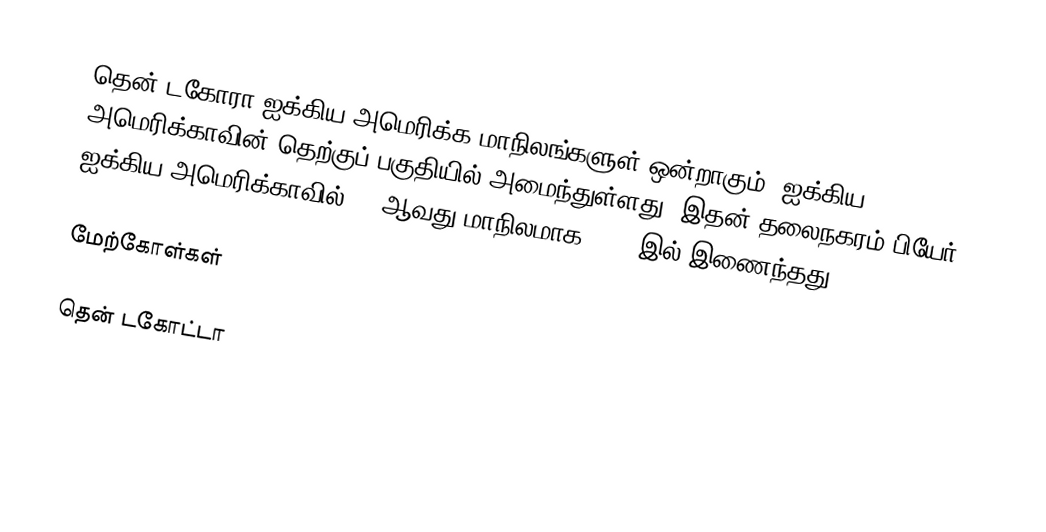
தென் டகோரா ஐக்கிய அமெரிக்க மாநிலங்களுள் ஒன்றாகும். ஐக்கிய அமெரிக்காவின் தெற்குப் பகுதியில் அமைந்துள்ளது. இதன் தலைநகரம் பியேர். ஐக்கிய அமெரிக்காவில் 40 ஆவது மாநிலமாக 1889 இல் இணைந்தது,

மேற்கோள்கள்

தென் டகோட்டா